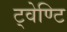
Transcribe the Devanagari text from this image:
ट्वेण्टि